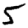
Digit: 5